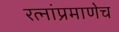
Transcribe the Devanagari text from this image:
रत्‍नांप्रमाणेच